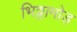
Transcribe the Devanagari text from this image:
भिठ्ठामोड़